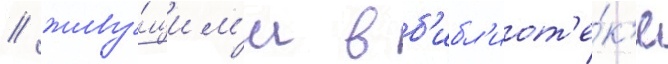
/ живу́щим'и в б'ибл'иот'е́к'е